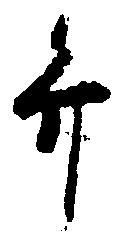
弁